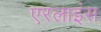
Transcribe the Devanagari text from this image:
एरलाइंस